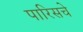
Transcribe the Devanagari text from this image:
पारिसचे